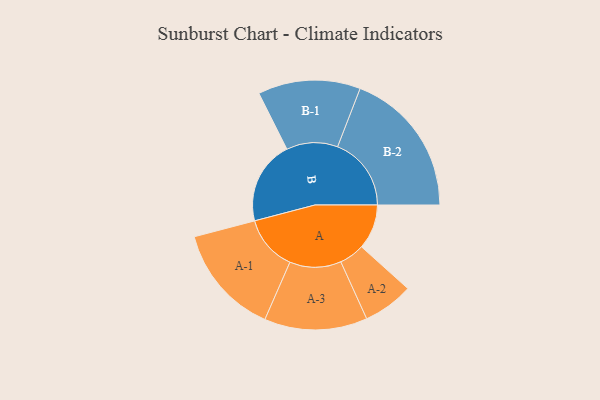
{"axis": {"x": "Segment", "y": "Value"}, "legend": ["", "A", "B"], "data": [{"x": "A", "y": 178, "type": ""}, {"x": "B", "y": 331, "type": ""}, {"x": "A-1", "y": 219, "type": "A"}, {"x": "A-2", "y": 100, "type": "A"}, {"x": "A-3", "y": 204, "type": "A"}, {"x": "B-1", "y": 203, "type": "B"}, {"x": "B-2", "y": 292, "type": "B"}]}